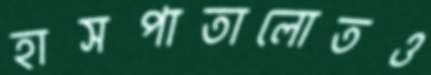
হাসপাতালোতও